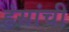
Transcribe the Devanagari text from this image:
हंसांची